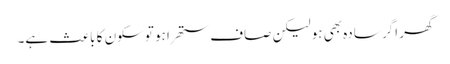
گھر اگر سادہ بھی ہو لیکن صاف ستھرا ہو توسکون کا باعث ہے۔